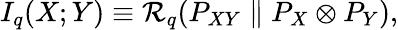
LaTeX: I_{q}(X;Y)\equiv\mathcal{R}_{q}(P_{XY}\parallel P_{X}\otimes P_{Y}),